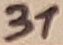
Text: 31